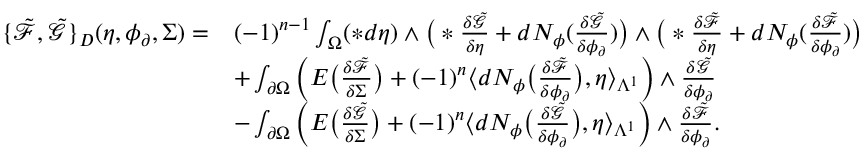
\begin{array} { r l } { \{ \tilde { \mathcal { F } } , \tilde { \mathcal { G } } \} _ { D } ( \eta , \phi _ { \partial } , \Sigma ) = } & { ( - 1 ) ^ { n - 1 } \int _ { \Omega } ( \ast d \eta ) \wedge \big ( \ast \frac { \delta \tilde { \mathcal { G } } } { \delta \eta } + d N _ { \phi } ( \frac { \delta \tilde { \mathcal { G } } } { \delta \phi _ { \partial } } ) \big ) \wedge \big ( \ast \frac { \delta \tilde { \mathcal { F } } } { \delta \eta } + d N _ { \phi } ( \frac { \delta \tilde { \mathcal { F } } } { \delta \phi _ { \partial } } ) \big ) } \\ & { + \int _ { \partial \Omega } \Big ( E \big ( \frac { \delta \tilde { \mathcal { F } } } { \delta \Sigma } \big ) + ( - 1 ) ^ { n } \langle d N _ { \phi } \big ( \frac { \delta \tilde { \mathcal { F } } } { \delta \phi _ { \partial } } \big ) , \eta \rangle _ { \Lambda ^ { 1 } } \Big ) \wedge \frac { \delta \tilde { \mathcal { G } } } { \delta \phi _ { \partial } } } \\ & { - \int _ { \partial \Omega } \Big ( E \big ( \frac { \delta \tilde { \mathcal { G } } } { \delta \Sigma } \big ) + ( - 1 ) ^ { n } \langle d N _ { \phi } \big ( \frac { \delta \tilde { \mathcal { G } } } { \delta \phi _ { \partial } } \big ) , \eta \rangle _ { \Lambda ^ { 1 } } \Big ) \wedge \frac { \delta \tilde { \mathcal { F } } } { \delta \phi _ { \partial } } . } \end{array}